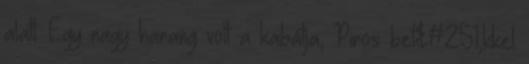
alatt. Egy nagy harang volt a kabátja, Piros bet&#251;kkel